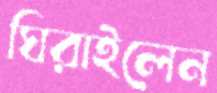
ঘিরাইলেন